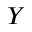
Y